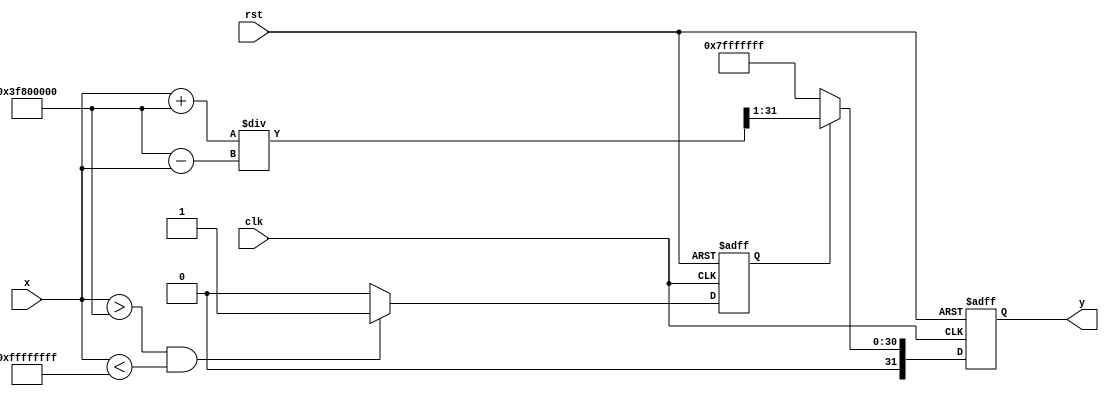
module atanh(
    input wire [31:0] x, // Input: x in floating-point (32-bit)
    output reg [31:0] y, // Output: y = atanh(x) in floating-point
    input wire clk,
    input wire rst
);

// Internal signals
wire [31:0] one_plus_x;
wire [31:0] one_minus_x;
wire [31:0] division_result;
wire [31:0] ln_result;
reg valid_input;

// Range check module
always @(posedge clk or posedge rst) begin
    if (rst) begin
        valid_input <= 1'b0;
    end else begin
        if (x > 32'h3f800000 && x < 32'b11111111111111111111111111111111) // Check if -1 < x < 1
            valid_input <= 1'b1;
        else
            valid_input <= 1'b0;
    end
end

// Arithmetic for 1+x and 1-x
assign one_plus_x = x + 32'h3f800000; // 1.0 in float
assign one_minus_x = 32'h3f800000 - x; 

// Division module (simple division)
assign division_result = one_plus_x / one_minus_x; // Note: This is not synthesizable in hardware, implement using a divider module

// Natural logarithm approximation module (for example purposes)
function [31:0] ln;
    input [31:0] value;
    begin
        // Placeholder for ln calculation, replace with actual implementation
        ln = value; // This should be replaced with actual logarithm calculation
    end
endfunction

// Compute ln(1+x)/(1-x)
assign ln_result = ln(division_result);

// Scale the result by 0.5 (right shift by 1)
always @(posedge clk or posedge rst) begin
    if (rst) begin
        y <= 32'b0;
    end else if (valid_input) begin
        y <= ln_result >> 1; // Scaling by 0.5
    end else begin
        y <= 32'h7FFFFFFF; // NaN or error code
    end
end

endmodule